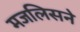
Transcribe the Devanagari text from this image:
मजलिसने